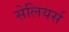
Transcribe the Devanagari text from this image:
सेलियर्स